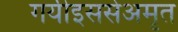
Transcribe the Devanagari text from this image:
गयीइससेअमृत